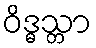
ဝိဒ္ဓသ္တာ